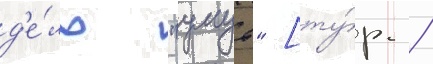
д'е́ло "умут" [ту́р. /